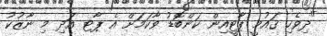
"ދިވެހި ޤައުމީ ޕާޓީއިން ކަންބޮޑު ވާކަމަށް އެ ޕާޓ އަދި މި ނާޒުކު